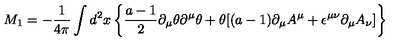
M _ { 1 } = - { \frac { 1 } { 4 \pi } } \int d ^ { 2 } x \left\{ { \frac { a - 1 } { 2 } } \partial _ { \mu } \theta \partial ^ { \mu } \theta + \theta [ ( a - 1 ) \partial _ { \mu } A ^ { \mu } + \epsilon ^ { \mu \nu } \partial _ { \mu } A _ { \nu } ] \right\}